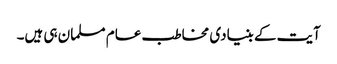
آیت کے بنیادی مخاطب عام مسلمان ہی ہیں۔